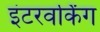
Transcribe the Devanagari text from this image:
इंटरवर्किंग